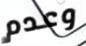
وعدم